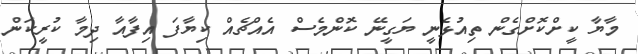
މާޔާ ކީށްކޮށްގެން ތިއުޅެނީ ޔަގީނޭ ކޮންމެސް އެއްޗެއް ކިޔާފަ އިފާއާ ދިމާ ކުރީކަން